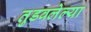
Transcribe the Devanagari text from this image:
तुडवलेल्या